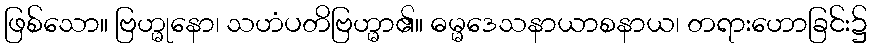
ဖြစ်သော။ ဗြဟ္မုနော၊ သဟံပတိဗြဟ္မာ၏။ ဓမ္မဒေသနာယာစနာယ၊ တရားဟောခြင်း၌